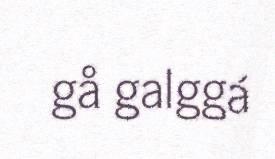
gå galggá